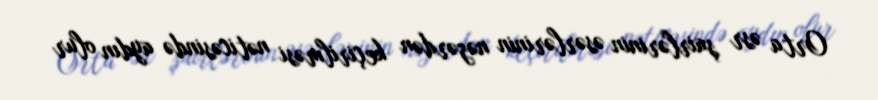
Orta əsr şairlərinin əsərlərinin nəzərdən keçirilməsi nəticəsində aydın olur